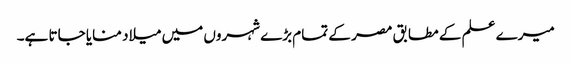
میرے علم کے مطابق مصر کے تمام بڑے شہروں میں میلاد منایا جاتا ہے۔